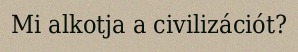
Mi alkotja a civilizációt?